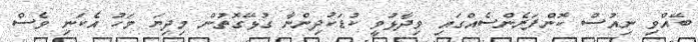
ބޭއްވި ނިއުސް ކޮންފަރެންސެއްގައި ވިދާޅުވީ ކުޑަކުދިންނާ ގުޅޭގޮތުން މިދިޔަ މަހު އެކަނި ވެސް